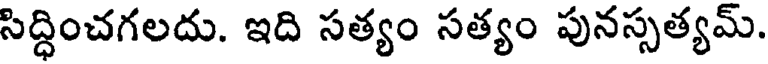
సిద్ధించగలదు. ఇది సత్యం సత్యం పునస్సత్యమ్.